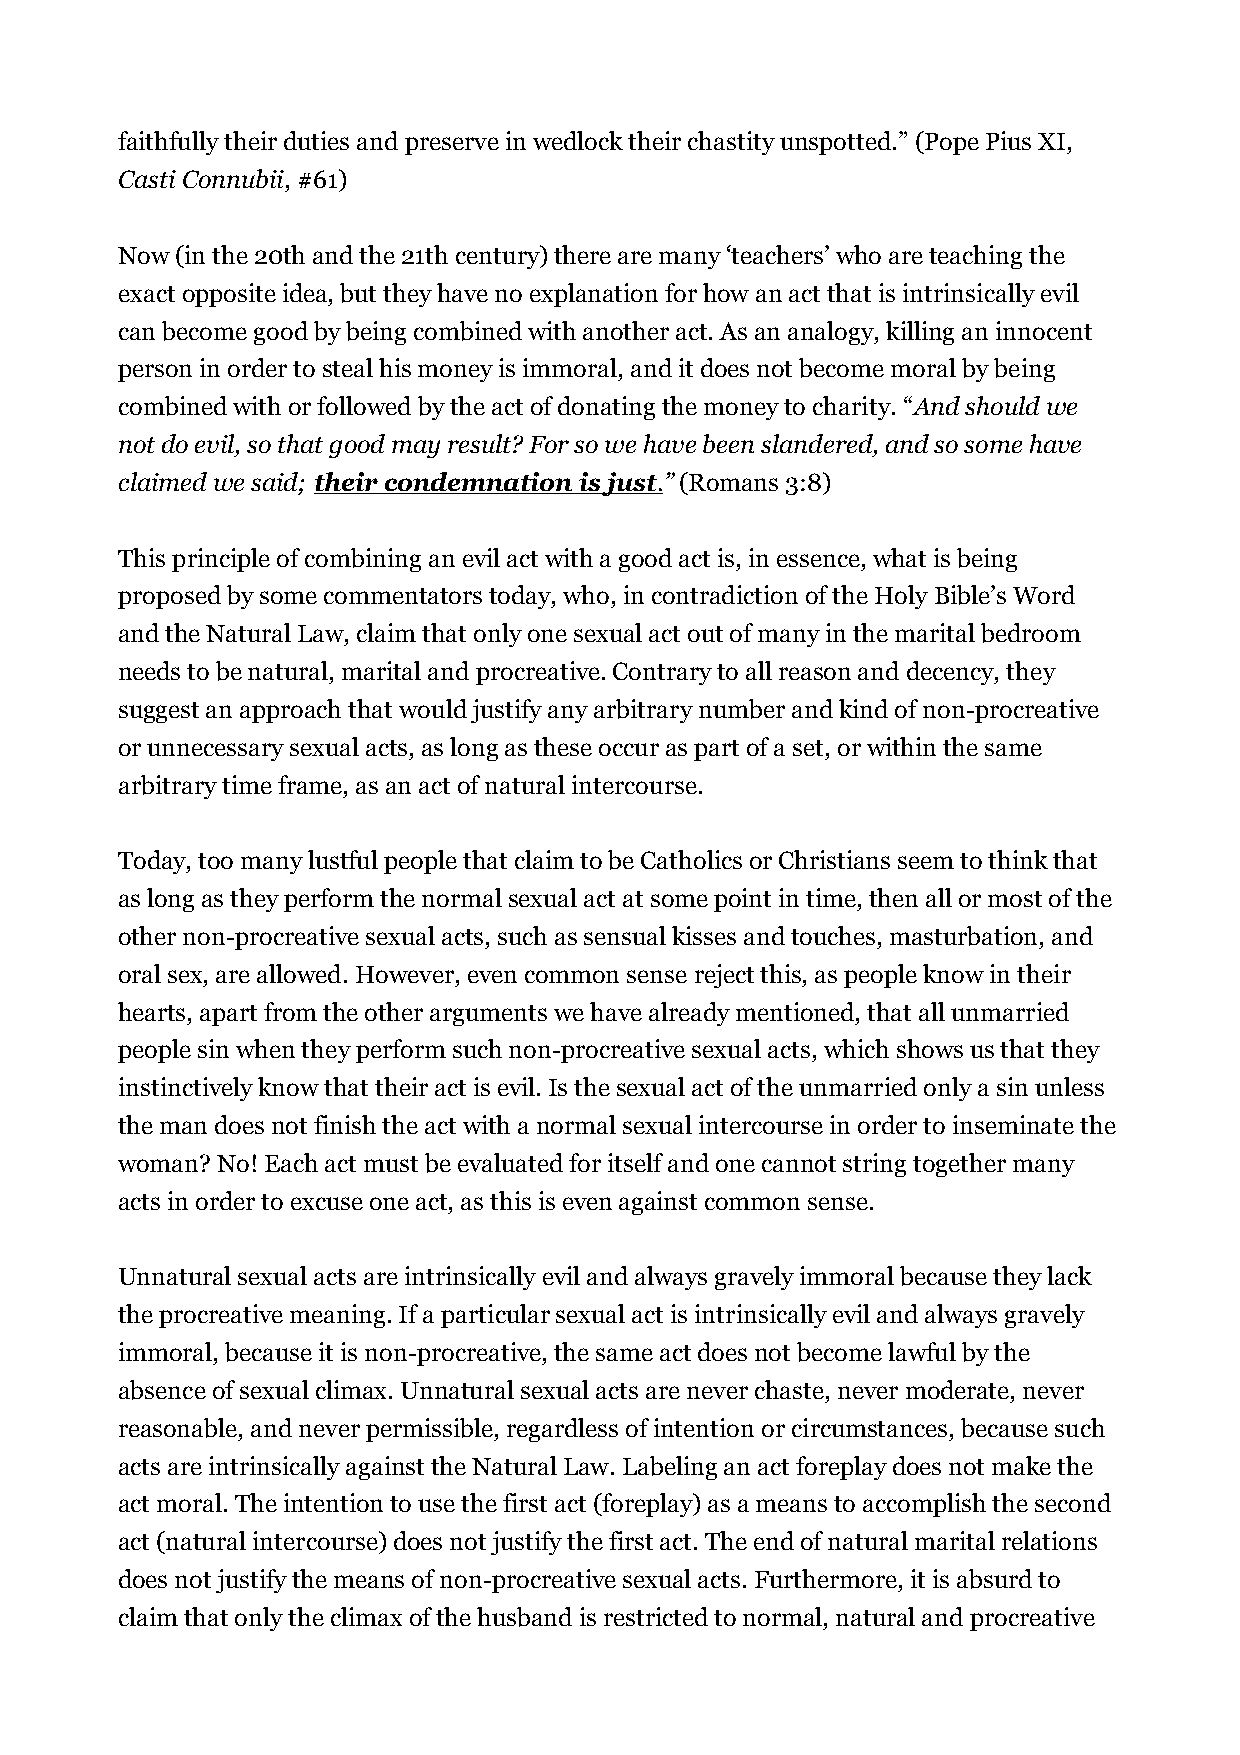
faithfully their duties and preserve in wedlock their chastity unspotted.” (Pope Pius XI,
 Casti Connubii, #61)
 Now (in the 20th and the 21th century) there are many ‘teachers’ who are teaching the
 exact opposite idea, but they have no explanation for how an act that is intrinsically evil
 can become good by being combined with another act. As an analogy, killing an innocent
 person in order to steal his money is immoral, and it does not become moral by being
 combined with or followed by the act of donating the money to charity. “And should we
 not do evil, so that good may result? For so we have been slandered, and so some have
 claimed we said; their condemnation is just . ” (Romans 3:8)
 This principle of combining an evil act with a good act is, in essence, what is being
 proposed by some commentators today, who, in contradiction of the Holy Bible’s Word
 and the Natural Law, claim that only one sexual act out of many in the marital bedroom
 needs to be natural, marital and procreative. Contrary to all reason and decency, they
 suggest an approach that would justify any arbitrary number and kind of non-procreative
 or unnecessary sexual acts, as long as these occur as part of a set, or within the same
 arbitrary time frame, as an act of natural intercourse.
 Today, too many lustful people that claim to be Catholics or Christians seem to think that
 as long as they perform the normal sexual act at some point in time, then all or most of the
 other non-procreative sexual acts, such as sensual kisses and touches, masturbation, and
 oral sex, are allowed. However, even common sense reject this, as people know in their
 hearts, apart from the other arguments we have already mentioned, that all unmarried
 people sin when they perform such non-procreative sexual acts, which shows us that they
 instinctively know that their act is evil. Is the sexual act of the unmarried only a sin unless
 the man does not finish the act with a normal sexual intercourse in order to inseminate the
 woman? No! Each act must be evaluated for itself and one cannot string together many
 acts in order to excuse one act, as this is even against common sense.
 Unnatural sexual acts are intrinsically evil and always gravely immoral because they lack
 the procreative meaning. If a particular sexual act is intrinsically evil and always gravely
 immoral, because it is non-procreative, the same act does not become lawful by the
 absence of sexual climax. Unnatural sexual acts are never chaste, never moderate, never
 reasonable, and never permissible, regardless of intention or circumstances, because such
 acts are intrinsically against the Natural Law. Labeling an act foreplay does not make the
 act moral. The intention to use the first act (foreplay) as a means to accomplish the second
 act (natural intercourse) does not justify the first act. The end of natural marital relations
 does not justify the means of non-procreative sexual acts. Furthermore, it is absurd to
 claim that only the climax of the husband is restricted to normal, natural and procreative